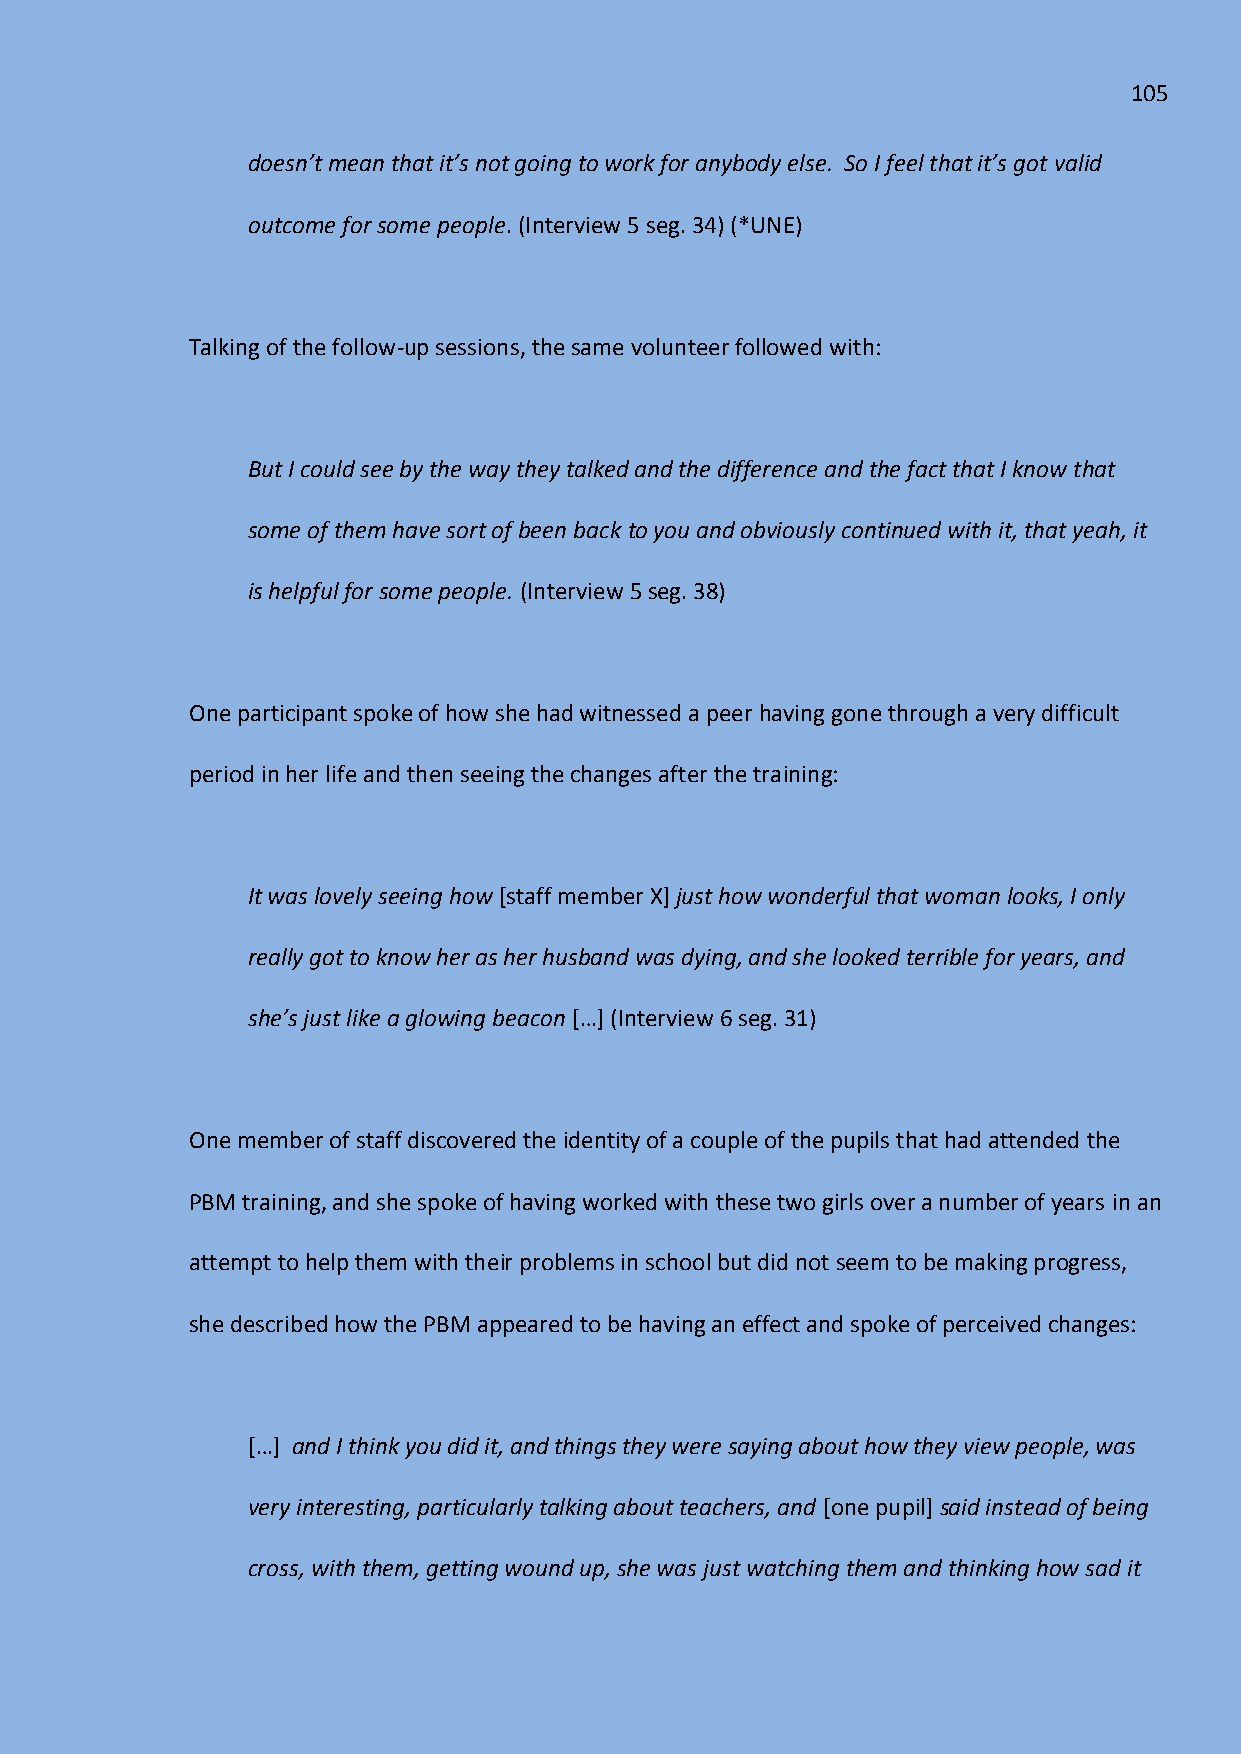
105
 doesn’t mean that it’s not going to work for anybody else. So I feel that it’s got valid
 outcome for some people. (Interview 5 seg. 34) (*UNE)
 Talking of the follow-up sessions, the same volunteer followed with:
 But I could see by the way they talked and the difference and the fact that I know that
 some of them have sort of been back to you and obviously continued with it, that yeah, it
 is helpful for some people. (Interview 5 seg. 38)
 One participant spoke of how she had witnessed a peer having gone through a very difficult
 period in her life and then seeing the changes after the training:
 It was lovely seeing how [staff member X] just how wonderful that woman looks, I only
 really got to know her as her husband was dying, and she looked terrible for years, and
 she’s just like a glowing beacon *…+ (Interview 6 seg. 31)
 One member of staff discovered the identity of a couple of the pupils that had attended the
 PBM training, and she spoke of having worked with these two girls over a number of years in an
 attempt to help them with their problems in school but did not seem to be making progress,
 she described how the PBM appeared to be having an effect and spoke of perceived changes:
 *…+ and I think you did it, and things they were saying about how they view people, was
 very interesting, particularly talking about teachers, and [one pupil] said instead of being
 cross, with them, getting wound up, she was just watching them and thinking how sad it